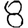
Digit: 8